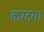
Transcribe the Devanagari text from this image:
करदया